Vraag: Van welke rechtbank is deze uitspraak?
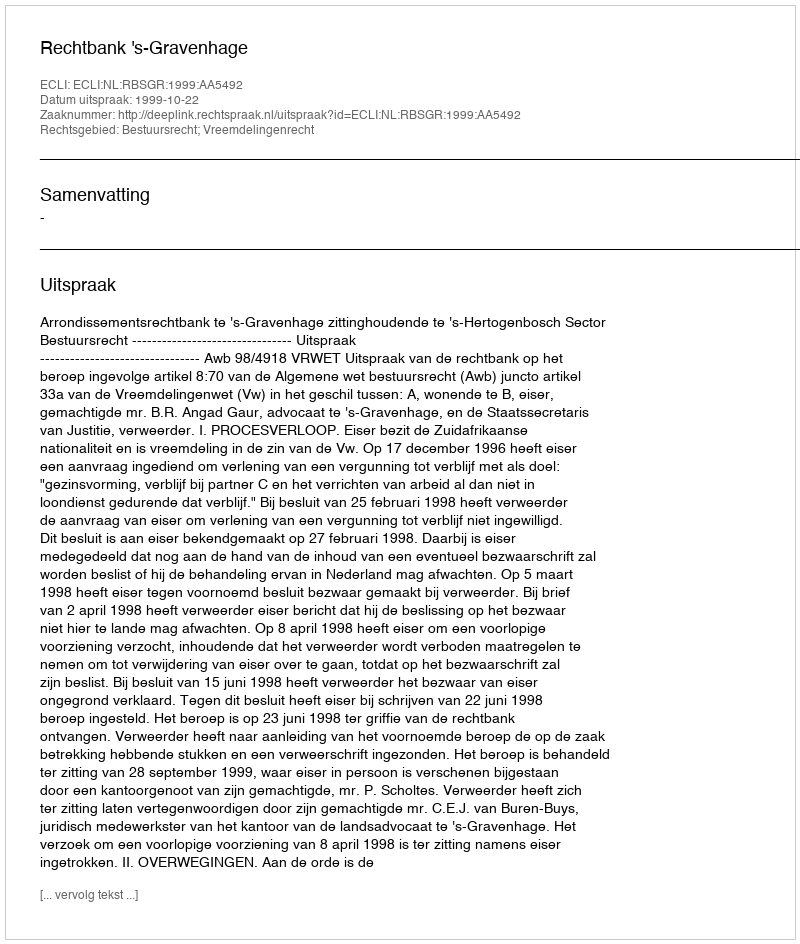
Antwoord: Rechtbank 's-Gravenhage